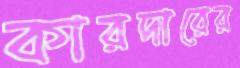
কারদারের